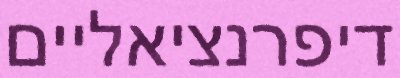
דיפרנציאליים